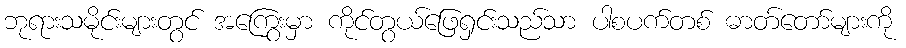
ဘုရားသမိုင်းများတွင် အကြွေးမှာ ကိုင်တွယ်ဖြေရှင်းသည်သာ ပါစပက်တစ် ဓာတ်တော်များကို